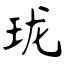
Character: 珑